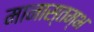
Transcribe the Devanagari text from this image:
मानास्तम्भ